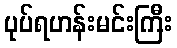
ပုပ်ရဟန်းမင်းကြီး